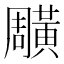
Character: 𪏎